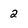
Character: 2